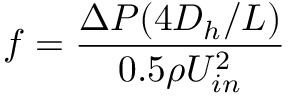
f = \frac { \Delta P ( 4 D _ { h } / L ) } { 0 . 5 \rho U _ { i n } ^ { 2 } }